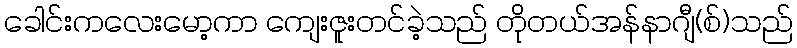
ခေါင်းကလေးမော့ကာ ကျေးဇူးတင်ခဲ့သည် တိုတယ်အန်နာဂျီ(စ်)သည်